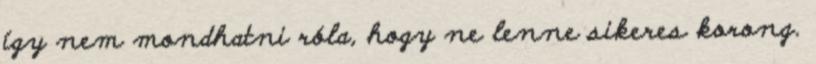
így nem mondhatni róla, hogy ne lenne sikeres korong.